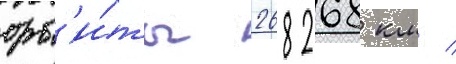
орб'и́ты 268268 км /